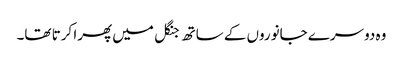
وہ دوسرے جانوروں کے ساتھ جنگل میں پھرا کرتا تھا۔